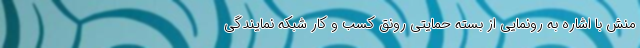
منش با اشاره به رونمایی از بسته حمایتی رونق کسب و کار شبکه نمایندگی